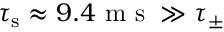
\tau _ { \mathrm { s } } \approx 9 . 4 \mathrm { ~ m ~ s ~ } \gg \tau _ { \pm }